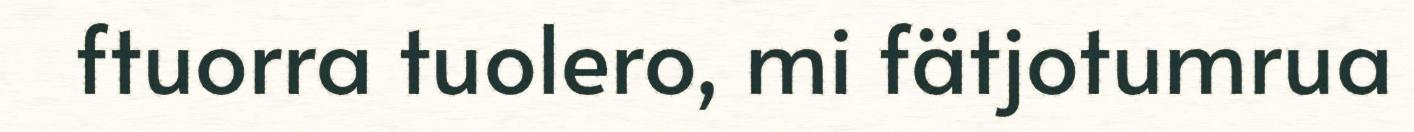
ftuorra tuolero, mi fätjotumrua